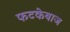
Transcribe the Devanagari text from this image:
फटकेबाज